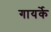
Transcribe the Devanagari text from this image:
गायर्के